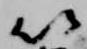
以